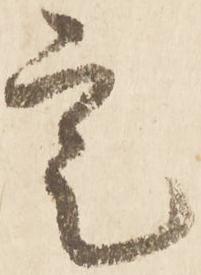
定